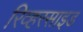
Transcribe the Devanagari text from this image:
रिव्हरसाइड